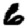
Digit: 6